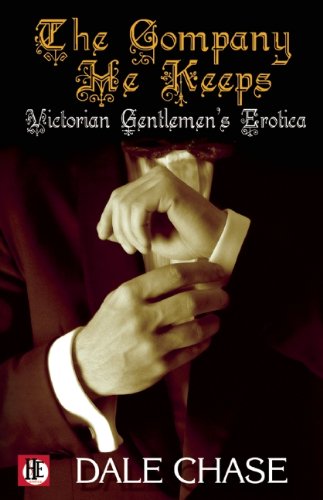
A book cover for The Company He Keeps: Victorian Gentlemen's Erotica; Dale Chase; Romance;